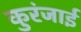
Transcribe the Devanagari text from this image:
कुरंजाई